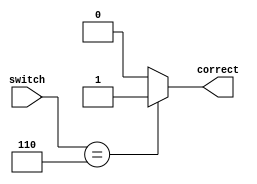
module combocheck(switch, correct);
	input [3:0] switch;
	reg [3:0] combo = 4'b0110;
	output reg correct;
	
	always @(switch, combo) begin
		if (switch == combo) correct = 1;
		else						correct = 0;
	end
endmodule